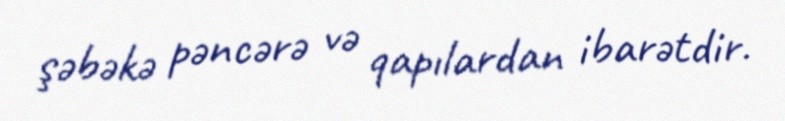
şəbəkə pəncərə və qapılardan ibarətdir.